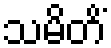
သမိတိံ